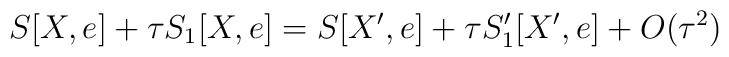
S[X,e] + \tau S_1[X,e] = S[X',e] + \tau S'_1[X',e] + O(\tau^2)